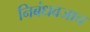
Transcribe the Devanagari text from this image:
निबंधवजाच